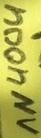
Text: 1N4004